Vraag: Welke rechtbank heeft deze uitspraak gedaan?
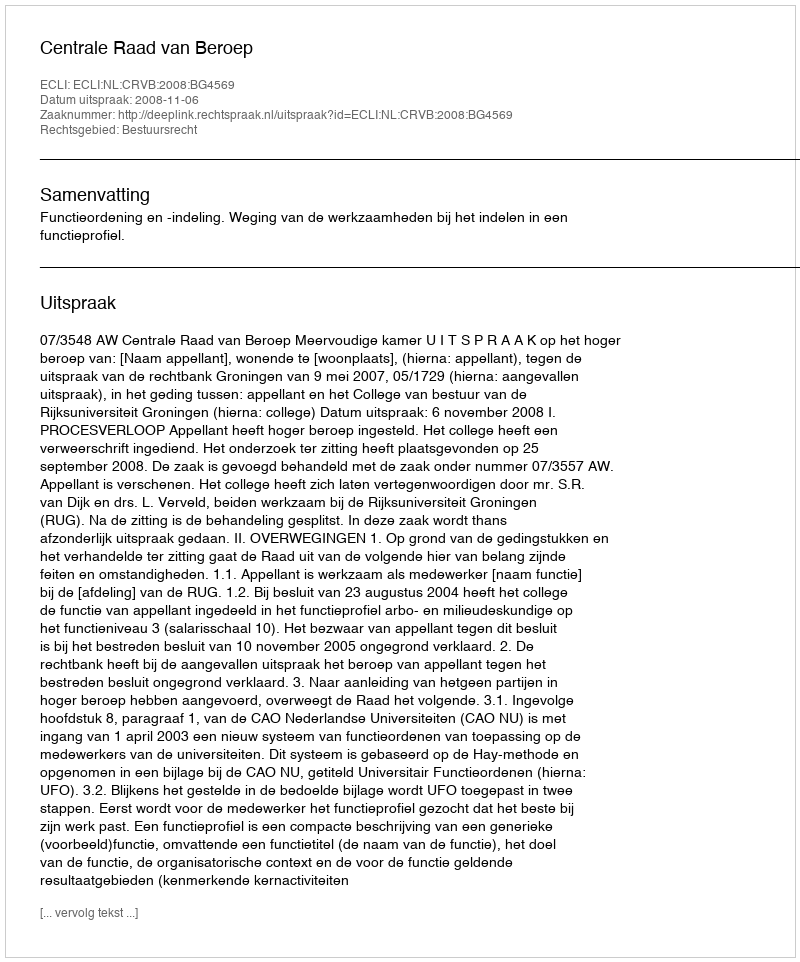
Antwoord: Centrale Raad van Beroep